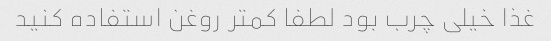
غذا خیلی چرب بود لطفا کمتر روغن استفاده کنید